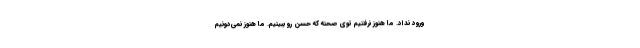
ورود نداد. ما هنوز نرفتيم توي صحنه كه حسن رو ببينيم. ما هنوز نمي‌دونيم